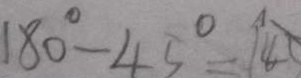
1 8 0 ^ { \circ } - 4 5 ^ { \circ } = 1 4